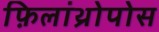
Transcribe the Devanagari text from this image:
फ़िलांथ्रोपोस